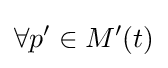
\forall p'\in M'(t)